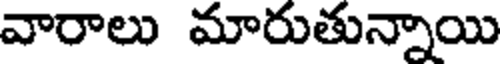
వారాలు మారుతున్నాయి